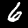
Label: 6